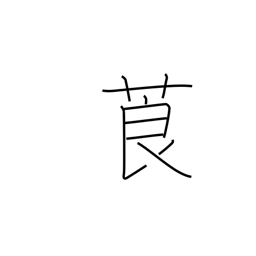
Meaning: tobacco